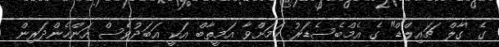
ގެ 'ގާލް ޗައިލްޑް" ގެ އެމްބެސެޑަރު ކަމަށްވާ އަމީތާބް އަކީ އަބަދުވެސް އަންހެންދަރިން